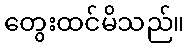
တွေးထင်မိသည်။